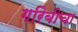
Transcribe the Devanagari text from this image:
गरिबीचा